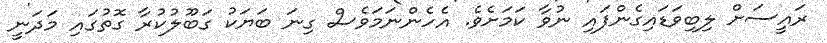
ރައީސަށް ލިބިވަޑައިގެންފައި ނުވާ ކަމަށެވެ. އެހެންނަމަވެސް ގިނަ ބަޔަކު ގަބޫލުކުރާ ގޮތުގައި މަދަނީ